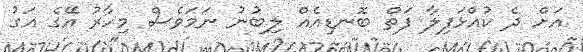
އަށް ދެ ކުއްޅަފިލާ ފަތް ބޮނޑިއެއް ލިބުނު ނަމަވެސް މިހާރު އޭގެ އަގު